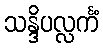
သန္ဒိပလ္လင်္ကံ